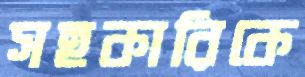
সহকারিকে